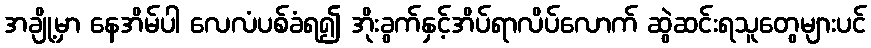
အချို့မှာ နေအိမ်ပါ လေလံပစ်ခံရ၍ အိုးခွက်နှင့်အိပ်ရာလိပ်လောက် ဆွဲဆင်းရသူတွေများပင်